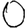
Digit: 0